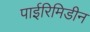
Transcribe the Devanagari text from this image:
पाईरिमिडीन